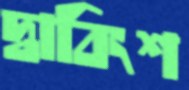
দ্বাবিংশ